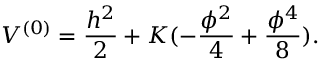
{ \cal V } ^ { ( 0 ) } = \frac { h ^ { 2 } } { 2 } + K ( - \frac { \phi ^ { 2 } } { 4 } + \frac { \phi ^ { 4 } } { 8 } ) .